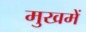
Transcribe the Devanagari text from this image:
मुखमें